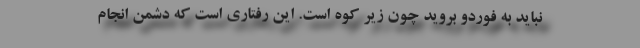
نباید به فوردو بروید چون زیر کوه است. این رفتاری است که دشمن انجام